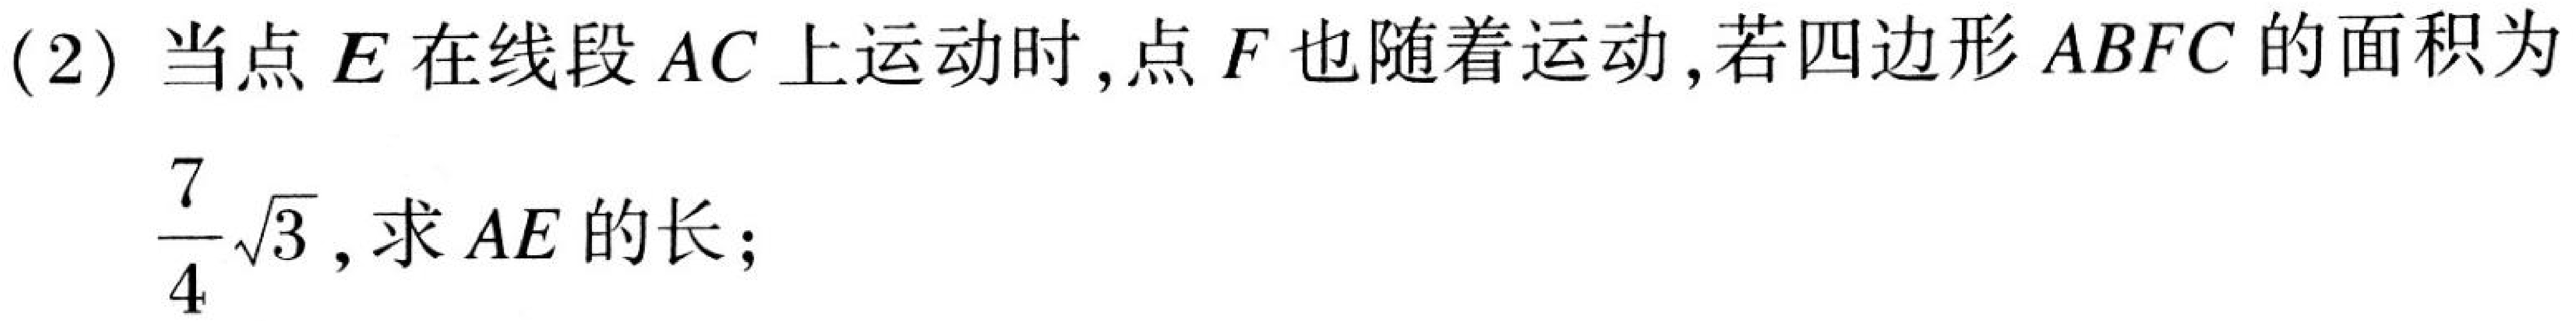
(2) 当点 \(E\) 在线段 \(AC\) 上运动时,点 \(F\) 也随着运动,若四边形 \(ABFC\) 的面积为 \(\frac{7}{4}\sqrt{3}\), 求 \(AE\) 的长;